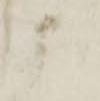
申